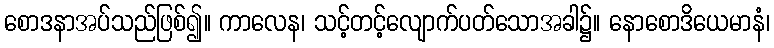
စောဒနာအပ်သည်ဖြစ်၍။ ကာလေန၊ သင့်တင့်လျောက်ပတ်သောအခါ၌။ နောစောဒိယေမာနံ၊